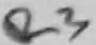
Text: R3